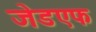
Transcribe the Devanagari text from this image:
जेडएफ